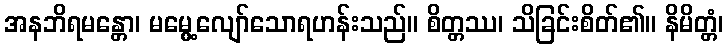
အနဘိရမန္တော၊ မမွေ့လျော်သောရဟန်းသည်။ စိတ္တဿ၊ သိခြင်းစိတ်၏။ နိမိတ္တံ၊